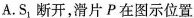
A. .S_{1}开，滑片P在图示位置